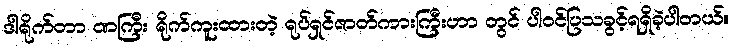
ဒါရိုက်တာ ဏကြီး ရိုက်ကူးထားတဲ့ ရုပ်ရှင်ဇာတ်ကားကြီးဟာ တွင် ပါ၀င်ပြသခွင့်ရရှိခဲ့ပါတယ်။